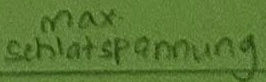
Text: max. Schaltspannung